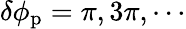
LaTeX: \delta\phi_{\mathrm{p}}=\pi,3\pi,\cdots